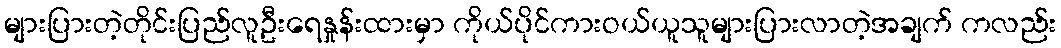
များပြားတဲ့တိုင်းပြည်လူဦးရေနှုန်းထားမှာ ကိုယ်ပိုင်ကားဝယ်ယူသူများပြားလာတဲ့အချက် ကလည်း